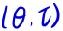
$(\theta,\tau)$